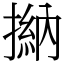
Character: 㨥